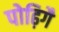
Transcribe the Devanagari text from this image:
पोढ़िगै